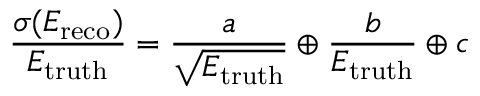
\frac { \sigma ( E _ { \mathrm { r e c o } } ) } { E _ { \mathrm { t r u t h } } } = \frac { a } { \sqrt { E _ { \mathrm { t r u t h } } } } \oplus \frac { b } { E _ { \mathrm { t r u t h } } } \oplus c